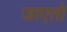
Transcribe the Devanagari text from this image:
जाएतो